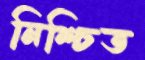
নিশ্চিত